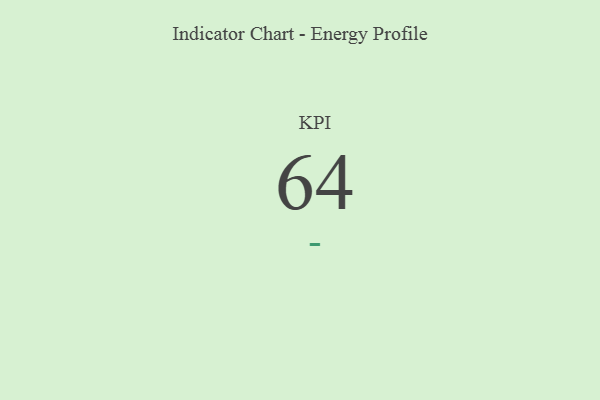
{"axis": {"x": "KPI", "y": "Value"}, "legend": [""], "data": [{"x": "KPI", "y": 64, "type": ""}]}